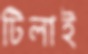
টিলাই